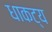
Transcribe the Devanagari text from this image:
धाकट्य